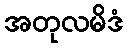
အတုလမိဒံ